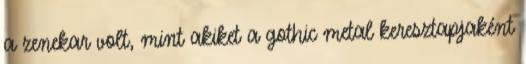
a zenekar volt, mint akiket a gothic metal keresztapjaként